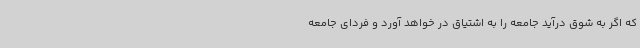
که اگر به شوق درآید جامعه را به اشتیاق در خواهد آورد و فردای جامعه